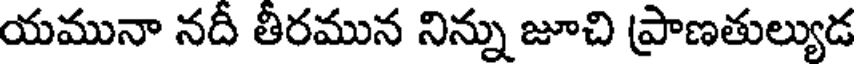
యమునా నదీ తీరమున నిన్ను జూచి ప్రాణతుల్యుడ